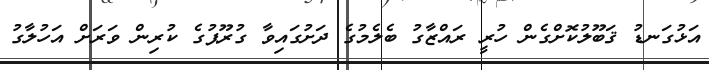
އަޅުގަނޑު ޤަބޫލުކޮށްގެން ހުރީ ރައްޒާގު ބެލެމުގެ ދަށުގައިވާ ގުރޫޕުގެ ކުރިން ވަރަށް އަހުލާގު